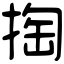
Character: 掏